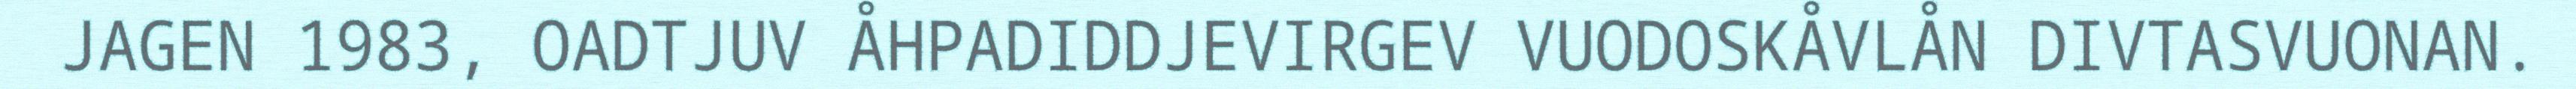
JAGEN 1983, OADTJUV ÅHPADIDDJEVIRGEV VUODOSKÅVLÅN DIVTASVUONAN.